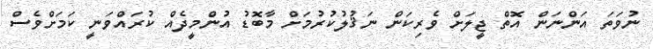
ނުވަތަ އަންނަން އޮތް ޖީލަށް ވެރިކަން ނަޤުލުކުރުމަށް މާބޮޑު އުންމީދެއް ކުރައްވަނީ ކަމަށްވެސް